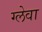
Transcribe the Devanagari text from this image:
ग्लेवा